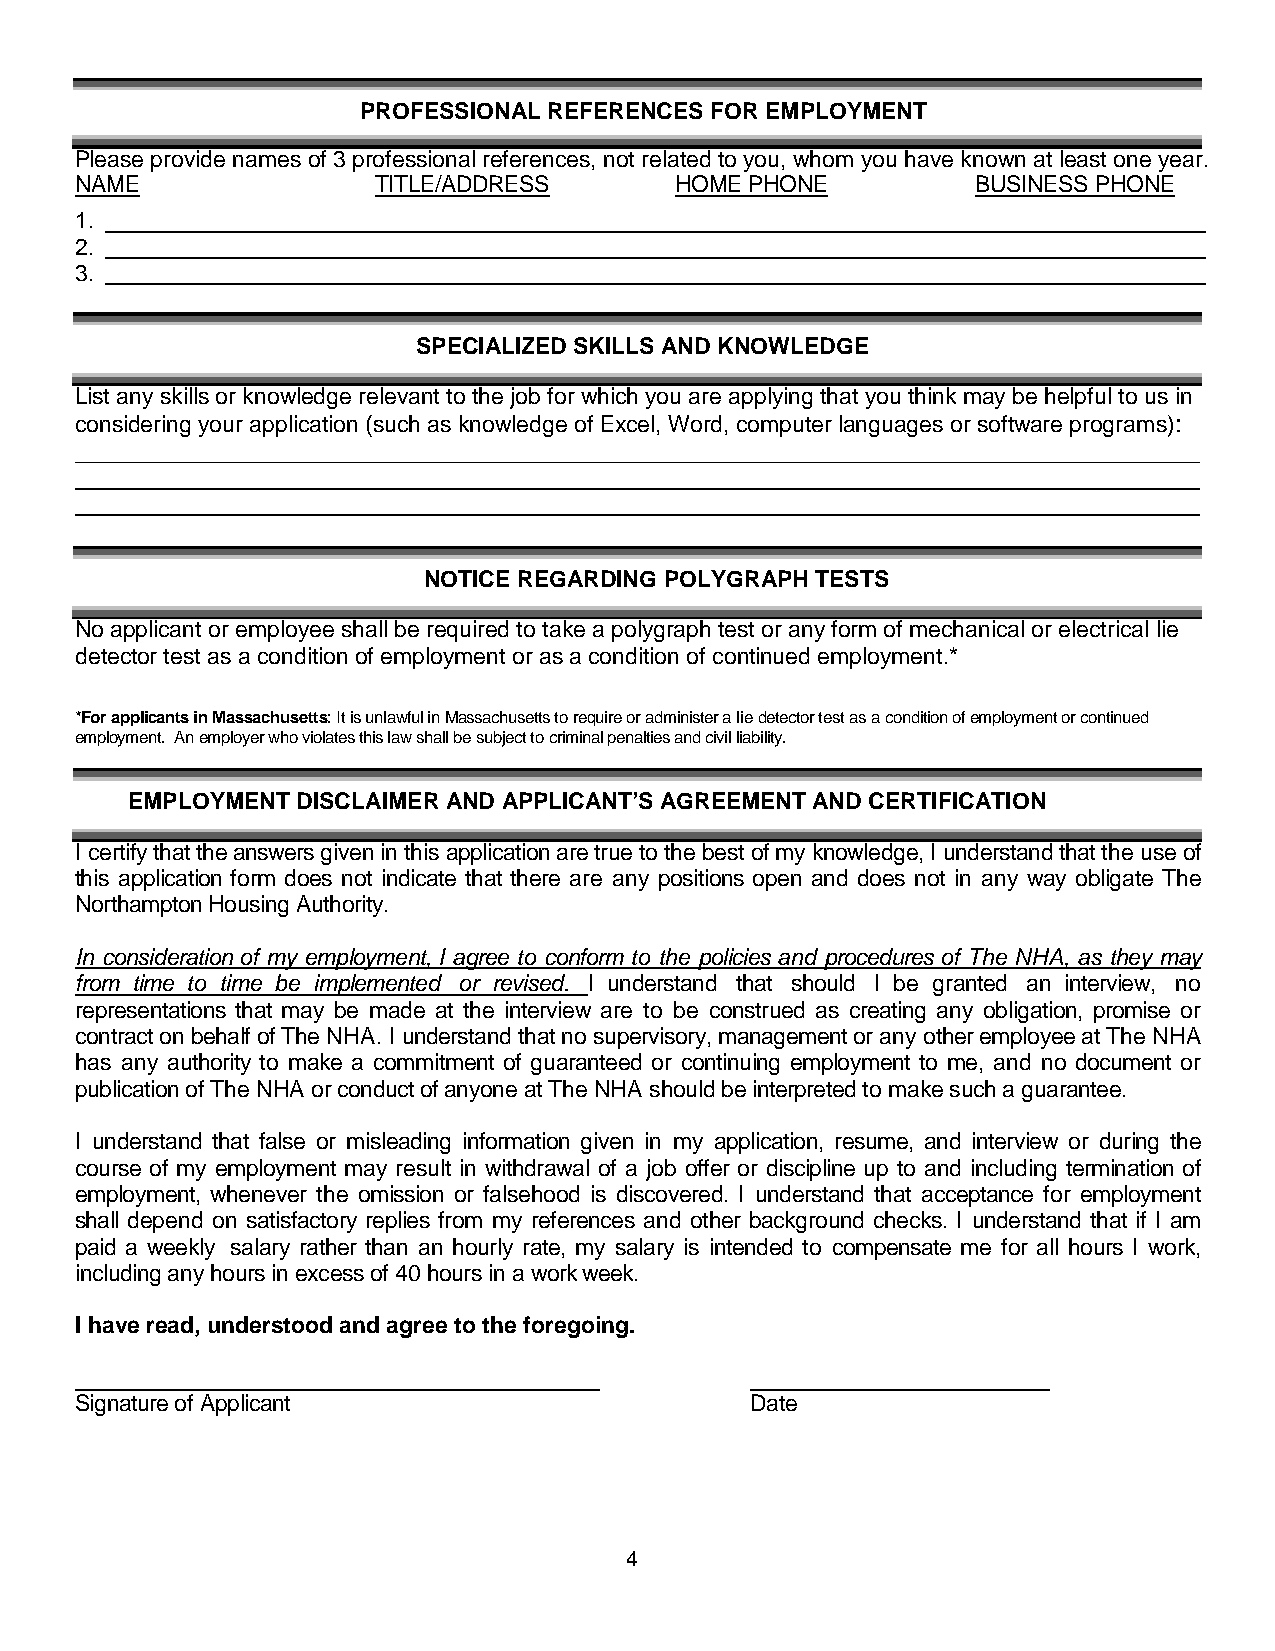
PROFESSIONAL REFERENCES FOR EMPLOYMENT
 Please provide names of 3 professionalreferences, not relatedtoyou, whom you haveknown at least oneyear.
 NAME                TITLE/ADDRESS       HOMEPHONE           BUSINESS PHONE
 1.
 2.
 3.
 SPECIALIZED SKILLS AND KNOWLEDGE
 List any skills orknowledgerelevant tothejobforwhich you are applying that you think maybehelpful tousin
 considering your application (suchas knowledgeof Excel,Word, computer languages or softwareprograms):
 NOTICE REGARDING POLYGRAPH TESTS
 No applicant or employee shall berequiredtotake a polygraphtest or anyform of mechanical or electrical lie
 detector test asa condition of employment or asa condition of continuedemployment.*
 *ForapplicantsinMassachusetts:ItisunlawfulinMassachusettstorequireoradministeraliedetectortestasaconditionofemploymentorcontinued
 employment. Anemployerwhoviolatesthislawshallbesubjecttocriminalpenaltiesandcivilliability.
 EMPLOYMENTDISCLAIMER  AND APPLICANT’S AGREEMENT AND CERTIFICATION
 I certifythattheanswersgivenin thisapplicationaretruetothe bestofmy knowledge,I understandthattheuseof
 this application form does not indicate that there are any positions open and does not in any way obligate The
 NorthamptonHousingAuthority.
 In consideration of my employment, I agree to conform to the policies and procedures of The NHA, as they may
 from time to time be implemented or revised. I understand that should I be granted an interview, no
 representations that may be made at the interview are to be construed as creating any obligation, promise or
 contractonbehalfofTheNHA. I understandthatno supervisory,managementoranyotheremployeeatThe NHA
 has any authority to make a commitment of guaranteed or continuing employment to me, and no document or
 publicationofTheNHA orconductofanyoneatThe NHA shouldbeinterpretedtomakesuchaguarantee.
 I understand that false or misleading information given in my application, resume, and interview or during the
 course of my employment may result in withdrawal of a job offer or discipline up to and including termination of
 employment, whenever the omission or falsehood is discovered. I understand that acceptance for employment
 shall depend on satisfactory replies from my references and other background checks. I understand that if I am
 paid a weekly salary rather than an hourly rate, my salary is intended to compensate me for all hours I work,
 includinganyhoursin excessof 40hoursin a workweek.
 I have read, understood and agreetotheforegoing.
 Signatureof Applicant                        Date
 4